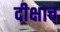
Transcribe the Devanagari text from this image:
दीक्षाच